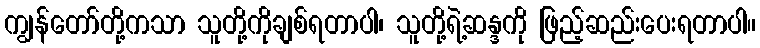
ကျွန်တော်တို့ကသာ သူတို့ကိုချစ်ရတာပါ၊ သူတို့ရဲ့ဆန္ဒကို ဖြည့်ဆည်းပေးရတာပါ။